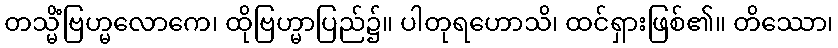
တသ္မိံဗြဟ္မလောကေ၊ ထိုဗြဟ္မာပြည်၌။ ပါတုရဟောသိ၊ ထင်ရှားဖြစ်၏။ တိဿော၊